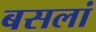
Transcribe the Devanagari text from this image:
बसलां